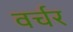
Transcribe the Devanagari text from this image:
वर्चर